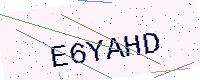
Text: E6YAHD